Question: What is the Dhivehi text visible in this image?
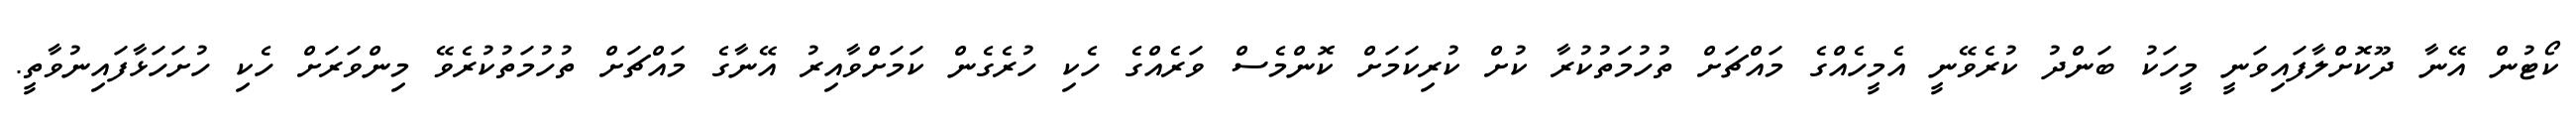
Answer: ކޯޓުން އޭނާ ދޫކޮށްލާފައިވަނީ މީހަކު ބަންދު ކުރެވޭނީ އެމީހެއްގެ މައްޗަށް ތުހުމަތުކުރާ ކުށް ކުރިކަމަށް ކޮންމެސް ވަރެއްގެ ހެކި ހުރެގެން ކަމަށްވާއިރު އޭނާގެ މައްޗަށް ތުހުމަތުކުރެވޭ މިންވަރަށް ހެކި ހުށަހަޅާފައިނުވާތީ.